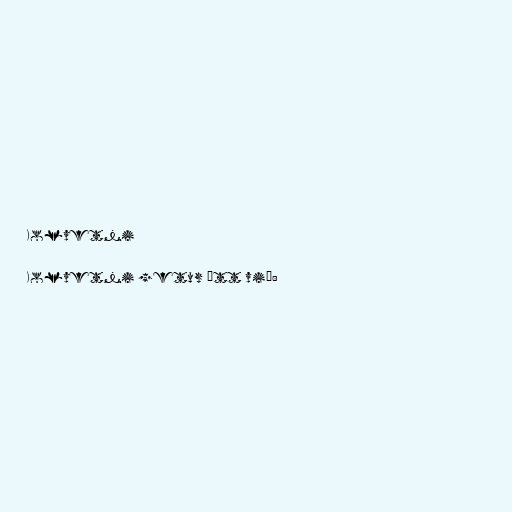
Kolvetni

Kolvetni getur átt við: